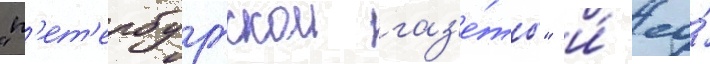
"п'ет'ербургскои газ'е́ты" и́ ео́